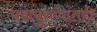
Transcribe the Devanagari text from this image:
पद्मपुराणातही